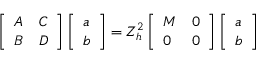
\left[ \begin{array} { l l } { A } & { C } \\ { B } & { D } \end{array} \right] \left[ \begin{array} { l } { a } \\ { b } \end{array} \right] = Z _ { h } ^ { 2 } \left[ \begin{array} { l l } { M } & { 0 } \\ { 0 } & { 0 } \end{array} \right] \left[ \begin{array} { l } { a } \\ { b } \end{array} \right]